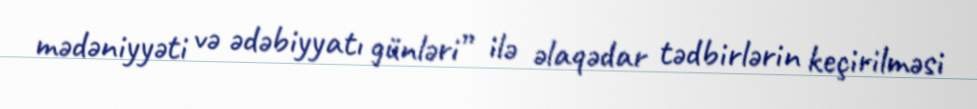
mədəniyyəti və ədəbiyyatı günləri” ilə əlaqədar tədbirlərin keçirilməsi